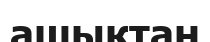
ашықтан